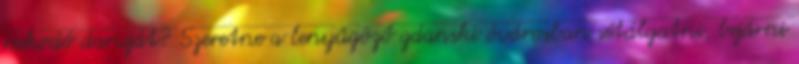
rakodó daruját? Szeretne a lenyűgöző gdanski óvárosban sétálgatni, bejárni